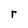
Character: r